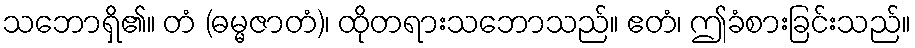
သဘောရှိ၏။ တံ (ဓမ္မဇာတံ)၊ ထိုတရားသဘောသည်။ ဧတံ၊ ဤခံစားခြင်းသည်။